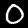
Label: 0